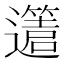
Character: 𨘥